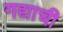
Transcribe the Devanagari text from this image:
गद्याची